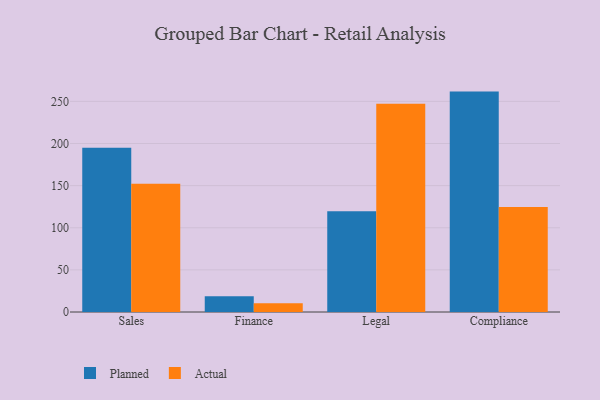
{"axis": {"x": "Department", "y": "Operating Costs (USD K)"}, "legend": ["Actual", "Planned"], "data": [{"x": "Sales", "y": 194.9, "type": "Planned"}, {"x": "Sales", "y": 152.3, "type": "Actual"}, {"x": "Finance", "y": 18.7, "type": "Planned"}, {"x": "Finance", "y": 10.3, "type": "Actual"}, {"x": "Legal", "y": 119.6, "type": "Planned"}, {"x": "Legal", "y": 247.1, "type": "Actual"}, {"x": "Compliance", "y": 261.6, "type": "Planned"}, {"x": "Compliance", "y": 124.6, "type": "Actual"}]}